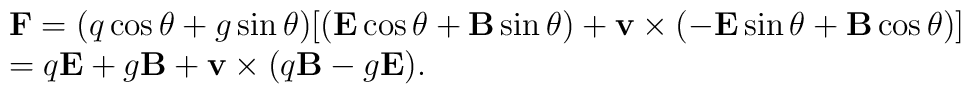
\begin{array}{l}\mathbf{F} =(q\cos\theta +g\sin\theta) [(\mathbf{E}\cos\theta+\mathbf{B}\sin\theta)+\mathbf{v}\times(-\mathbf{E}\sin\theta+\mathbf{B}\cos\theta)]\\=q\mathbf{E}+g\mathbf{B}+\mathbf{v}\times(q\mathbf{B}-g\mathbf{E}).\end{array}